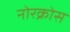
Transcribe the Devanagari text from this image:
नोरक्रोस